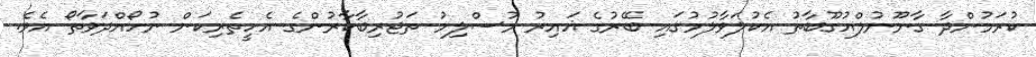
ކުރަމުންދާ ގާނޫނުލްއުގޫބާތު އެކުލަވާލުމުގައި ބޭރުގެ ޣައިރު މުސްލިމު ތަޖުރިބާކާރުންގެ އެހީތެރިކަން ނުހޯއްދަވާތޯ އެވެ.